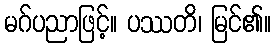
မဂ်ပညာဖြင့်။ ပဿတိ၊ မြင်၏။